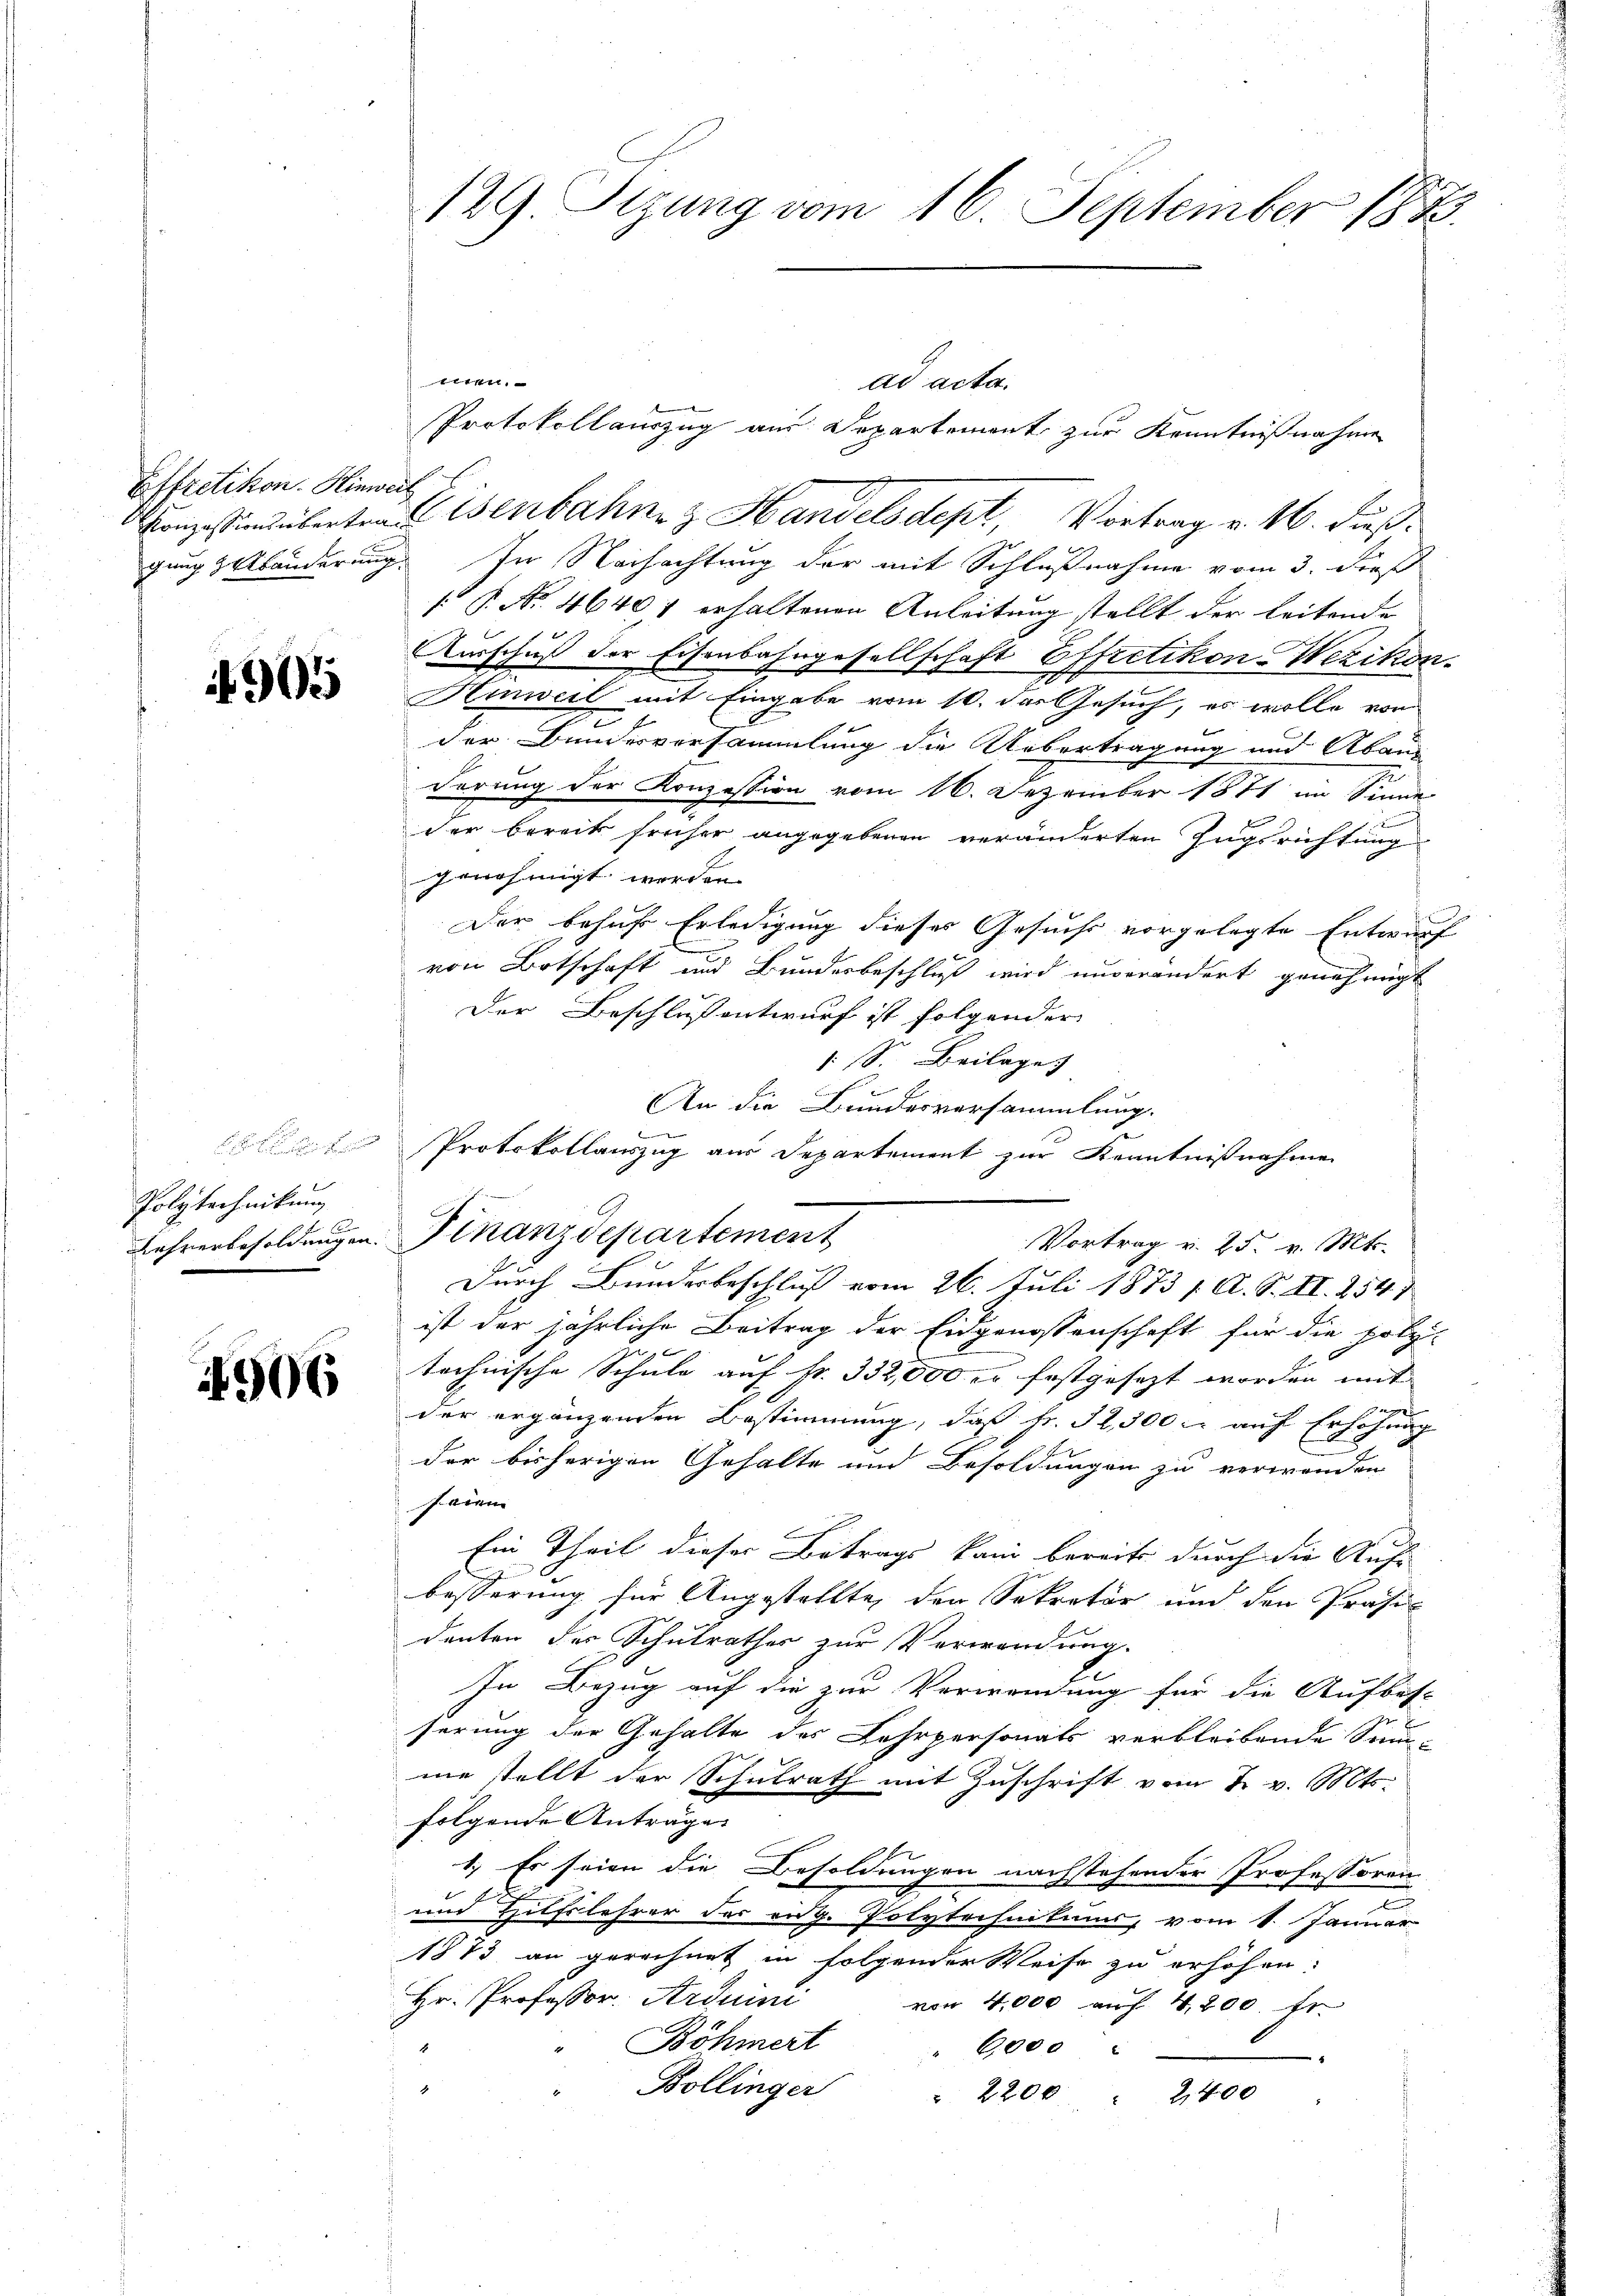
Effretikon. Hinweil

1905

Polytechnikung

1906

men.
ad acta.
Protokollauszug aus Departement zur Kenntnißnahme
Conzessindeberten Eisenbahnen z. Handelsdept, Vortrag v. 16. Fuß.
gung & Abänderung. Der Nachachtung der mit Schlußnahme vom 3. dieß
 P. Nr. 46401 erhaltenen Anleitung stellt der leitende
Ausschuß der Eisenbahngesellschaft Effretikon-Wezikon.
Hinweil mit Eingabe vom 10. des Gesuch, es wolle von
der Bundesversammlung die Uebertragung und Abanderung der Konzession vom 16. Dezember 1871 im Sinne
der bereits früher angegebenen veränderten Zugsrichtung
genehmigt werden |
Der behuf Erledigung dieses Gesuchs vorgelegte Entwurf
von Botschaft und Bundesbeschluß wird unverändert genehmigt
Der Beschluß entwurf ist folgender
: S. Beilage
An die Bundesversammlung.
l
olle Protokollauszug aus Departement zur Kenntnißnahme
Lehrerbesoldungen. Finanzdepartement
Durch Bunderbeschluß vom 26. Juli 1873 f. A. S. II. 254 1
ist der jährliche Beitrag der Eidgenossenschaft für die Holz-
technische Schule auf Fr. 332,000 er festgesezt worden mit |
age
der ergänzenden Bestimmung, daß Fr. 32,300. auf Erhöhung
der bisherigen Gehalte und Besoldungen zu verwenden
heien
Ein Theil dieser Betrags kann bereits durch die Auf-
besserung für Angestellte, der Sekretär und den Präsi-
danten der Schulrathes zur Verwendung.
In Bezug auf die zur Verwendung für die Aufbes-
serung der Gehalte des Lehrpersonats verbleibende Sum-
me stellt der Schulrath mit Zuschrift vom 7. v. Mts.
folgende Anträge
1.) Es seien die Besoldungen nachstehender Professoren
.
und Hilfslehrer des eidg. Polytechnitums, vom 1. Januar
1873 an gerechnet in folgender Weise zu erhöhen.
Hr. Professor. Arduini
von 4,000 auf 4,200. Er
Böhmert
6,000
Bollinger . 2200 " 2400

129. Sizung vom 16. September 1873.

Vortrag v. 25. v. Mts.